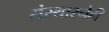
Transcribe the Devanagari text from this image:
संस्थास्नेही